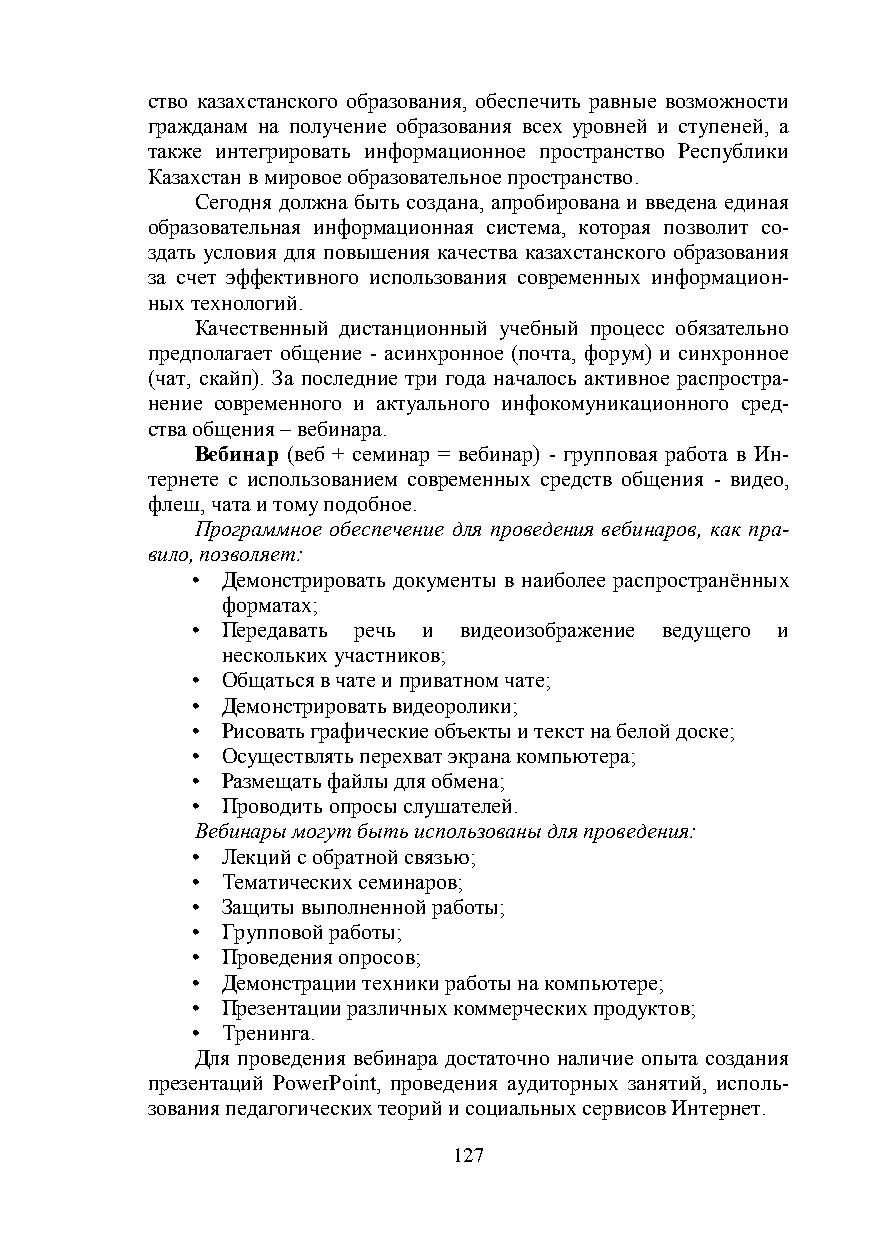
ство казахстанского образования, обеспечить равные возможности
 гражданам на получение образования всех уровней и ступеней, а
 также интегрировать информационное пространство Республики
 Казахстан в мировое образовательное пространство.
 Сегодня должна быть создана, апробирована и введена единая
 образовательная информационная система, которая позволит со-
 здать условия для повышения качества казахстанского образования
 за счет эффективного использования современных информацион-
 ных технологий.
 Качественный дистанционный учебный процесс обязательно
 предполагает общение - асинхронное (почта, форум) и синхронное
 (чат, скайп). За последние три года началось активное распростра-
 нение современного и актуального инфокомуникационного сред-
 ства общения – вебинара.
 Вебинар (веб + семинар = вебинар) - групповая работа в Ин-
 тернете с использованием современных средств общения - видео,
 флеш, чата и тому подобное.
 Программное обеспечение для проведения вебинаров, как пра-
 вило, позволяет:
 • Демонстрировать документы в наиболее распространённых
 форматах;
 • Передавать речь и видеоизображение ведущего и
 нескольких участников;
 • Общаться в чате и приватном чате;
 • Демонстрировать видеоролики;
 • Рисовать графические объекты и текст на белой доске;
 • Осуществлять перехват экрана компьютера;
 • Размещать файлы для обмена;
 • Проводить опросы слушателей.
 Вебинары могут быть использованы для проведения:
 • Лекций с обратной связью;
 • Тематических семинаров;
 • Защиты выполненной работы;
 • Групповой работы;
 • Проведения опросов;
 • Демонстрации техники работы на компьютере;
 • Презентации различных коммерческих продуктов;
 • Тренинга.
 Для проведения вебинара достаточно наличие опыта создания
 презентаций PowerPoint, проведения аудиторных занятий, исполь-
 зования педагогических теорий и социальных сервисов Интернет.
 127